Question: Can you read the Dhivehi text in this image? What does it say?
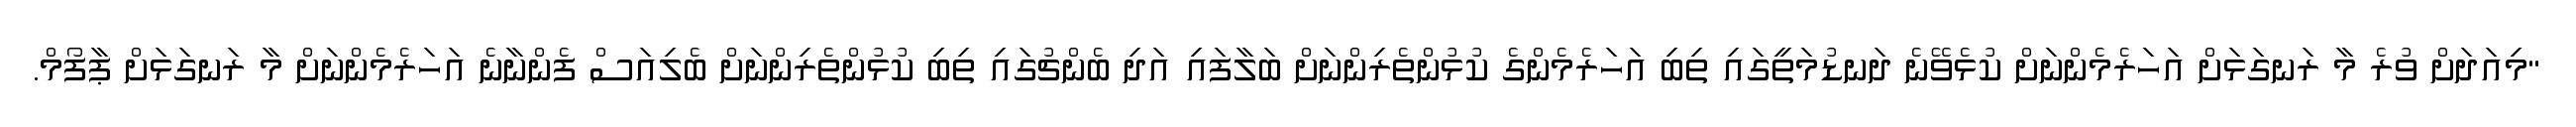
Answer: "މިއަދަށް ވުރެ މާ ރަނގަޅަށް އަހަރެމެންނަށް ކުޅެވޭނެ ދަނޑުމަތީގައި ތިބި އަހަރެމެންގެ ކުޅުންތެރިންނަށް ބަލާފައި އަދި ބެންޗުގައި ތިބި ކުޅުންތެރިންނަށް ބެލިއަސް ފެންނާނެ އަހަރެމެންނަށް މާ ރަނގަޅަށް ޕާފޯމް.